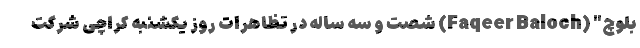
بلوچ" (Faqeer Baloch) شصت و سه ساله در تظاهرات روز یکشنبه کراچی شرکت